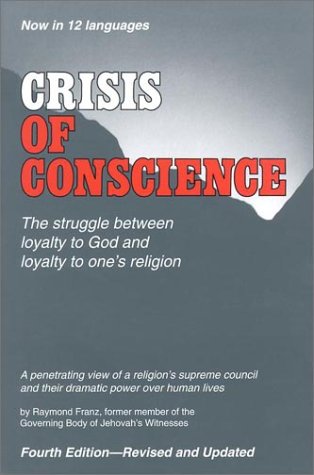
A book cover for Crisis of Conscience; Raymond Franz; Christian Books & Bibles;